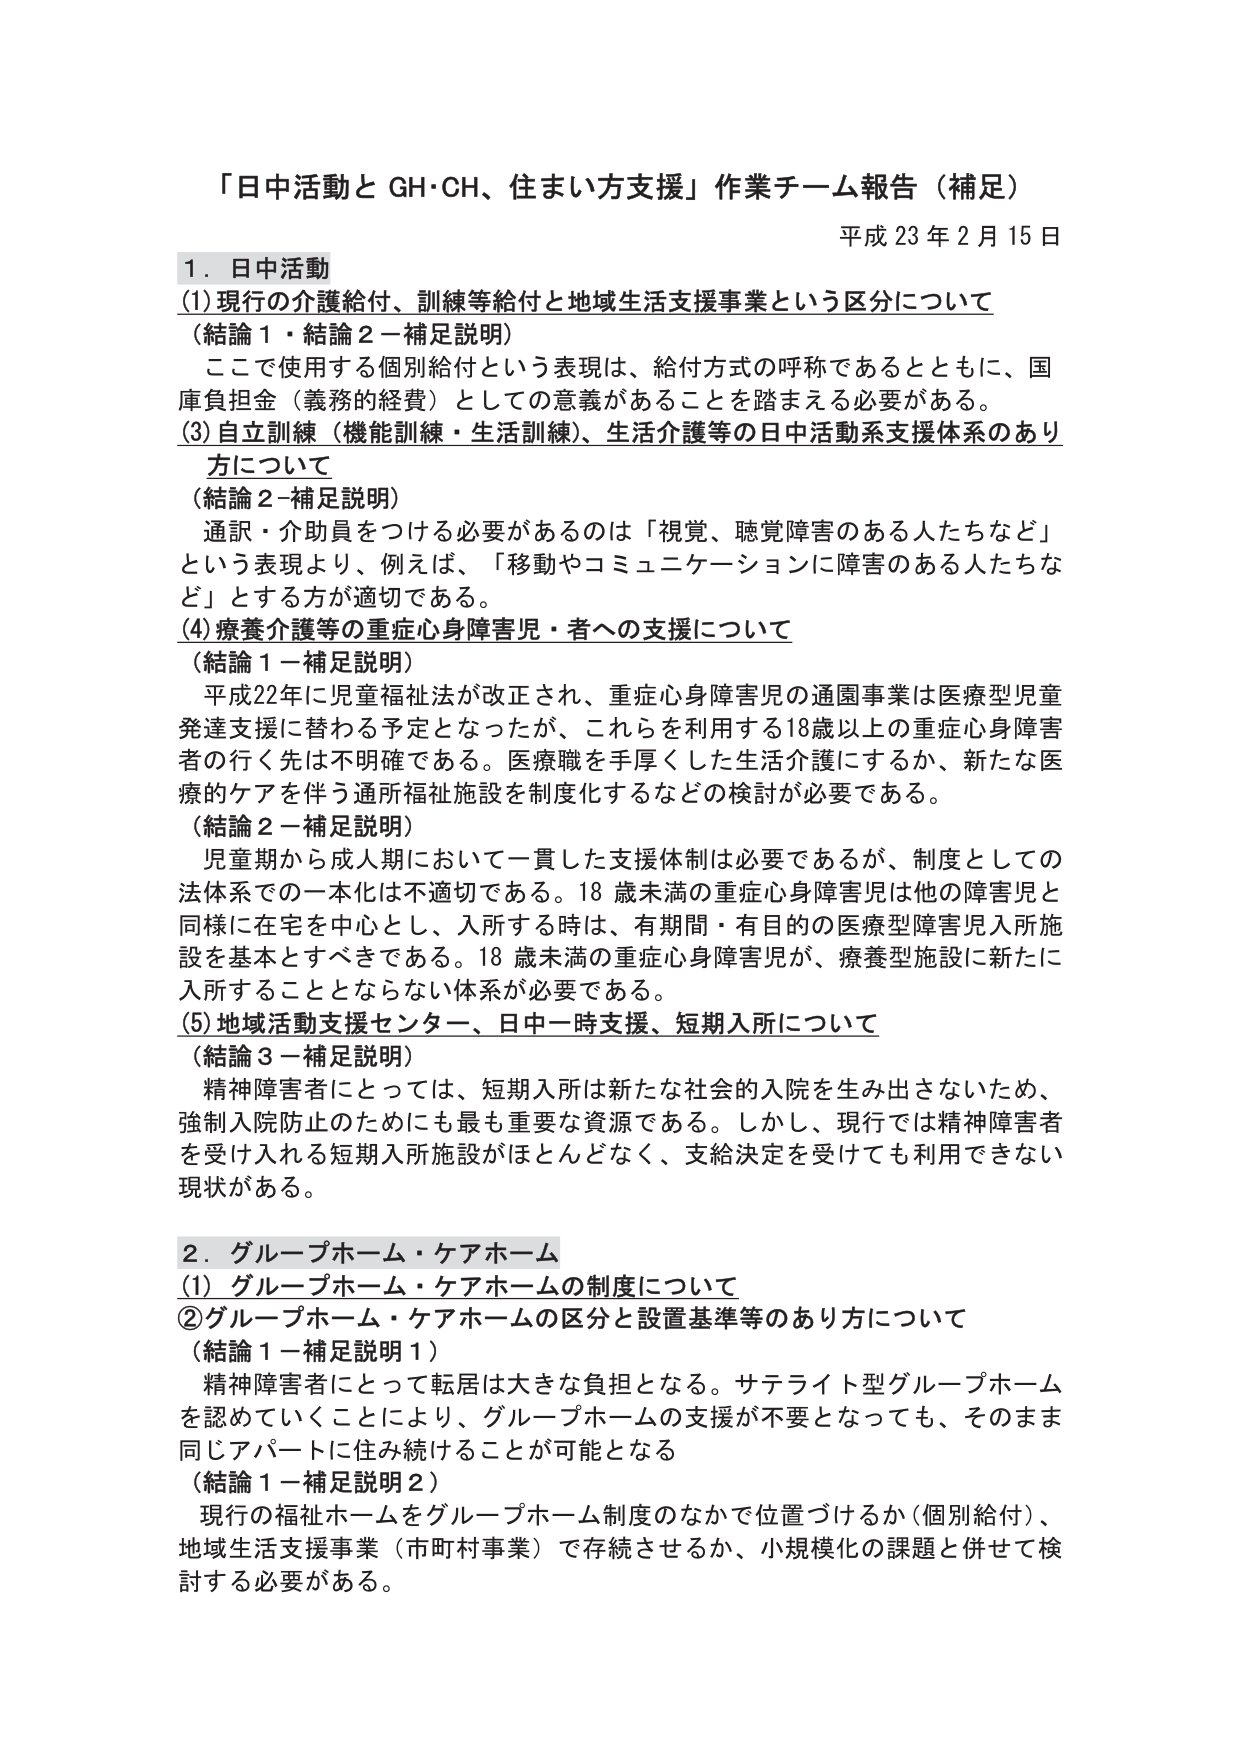
「日中活動と GH・CH、住まい方支援」作業チーム報告（補足）
平成 23 年 2 月 15 日

1．日中活動
(1) 現行の介護給付、訓練等給付と地域生活支援事業という区分について
（結論１・結論２－補足説明）
　ここで使用する個別給付という表現は、給付方式の呼称であるとともに、国庫負担金（義務的経費）としての意義があることを踏まえる必要がある。
(3) 自立訓練（機能訓練・生活訓練）、生活介護等の日中活動系支援体系のあり方について
（結論２－補足説明）
　通訳・介助員をつける必要があるのは「視覚、聴覚障害のある人たちなど」という表現より、例えば、「移動やコミュニケーションに障害のある人たちなど」とする方が適切である。
(4) 療養介護等の重症心身障害児・者への支援について
（結論１－補足説明）
　平成22年に児童福祉法が改正され、重症心身障害児の通園事業は医療型児童発達支援に替わる予定となったが、これらを利用する18歳以上の重症心身障害者の行く先は不明確である。医療職を手厚くした生活介護にするか、新たな医療的ケアを伴う通所福祉施設を制度化するなどの検討が必要である。
（結論２－補足説明）
　児童期から成人期において一貫した支援体制は必要であるが、制度としての法体系での一本化は不適切である。18 歳未満の重症心身障害児は他の障害児と同様に在宅を中心とし、入所する時は、有期間・有目的の医療型障害児入所施設を基本とすべきである。18 歳未満の重症心身障害児が、療養型施設に新たに入所することとならない体系が必要である。
(5) 地域活動支援センター、日中一時支援、短期入所について
（結論３－補足説明）
　精神障害者にとっては、短期入所は新たな社会的入院を生み出さないため、強制入院防止のためにも最も重要な資源である。しかし、現行では精神障害者を受け入れる短期入所施設がほとんどなく、支給決定を受けても利用できない現状がある。

2．グループホーム・ケアホーム
(1) グループホーム・ケアホームの制度について
② グループホーム・ケアホームの区分と設置基準等のあり方について
（結論１－補足説明１）
　精神障害者にとって転居は大きな負担となる。サテライト型グループホームを認めていくことにより、グループホームの支援が不要となっても、そのまま同じアパートに住み続けることが可能となる
（結論１－補足説明２）
　現行の福祉ホームをグループホーム制度のなかで位置づけるか（個別給付）、地域生活支援事業（市町村事業）で存続させるか、小規模化の課題と併せて検討する必要がある。